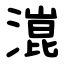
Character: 潉